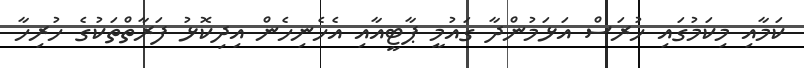
ކަމާއި މިކަމުގައި ހުރަސް އަޅަމުންދާ ގައުމީ ޕާޓީއާއި އެހެނިހެން އިދިކޮޅު ފަރާތްތަކުގެ ހުރިހާ